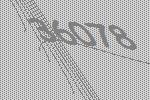
36078